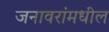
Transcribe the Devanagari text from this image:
जनावरांमधील